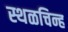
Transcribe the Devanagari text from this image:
स्थळचिन्ह